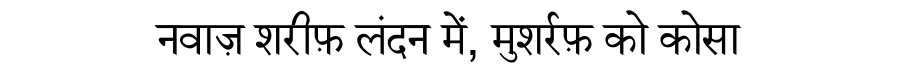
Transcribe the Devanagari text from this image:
नवाज़ शरीफ़ लंदन में, मुशर्रफ़ को कोसा